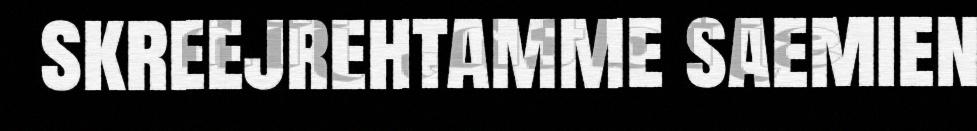
skreejrehtamme saemien